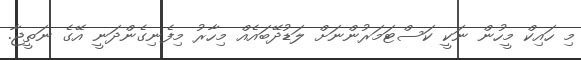
މި ހައިކް މީހުން ނަކީ ކަސްޓަމަރުންނަށް ލަޑުދޭބައެއް މިހާރު މިފެނިގެންދަނީ އޭގެ ނަތީޖާ.